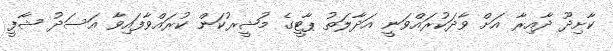
ކާށިދޫ ދާއިރާ އަށް ވާދަކުރައްވަނީ އަދާލަތު ޕާޓީގެ މުޝީރުކަން ކުރައްވާފައިވާ އަސަދު ޝާފީ